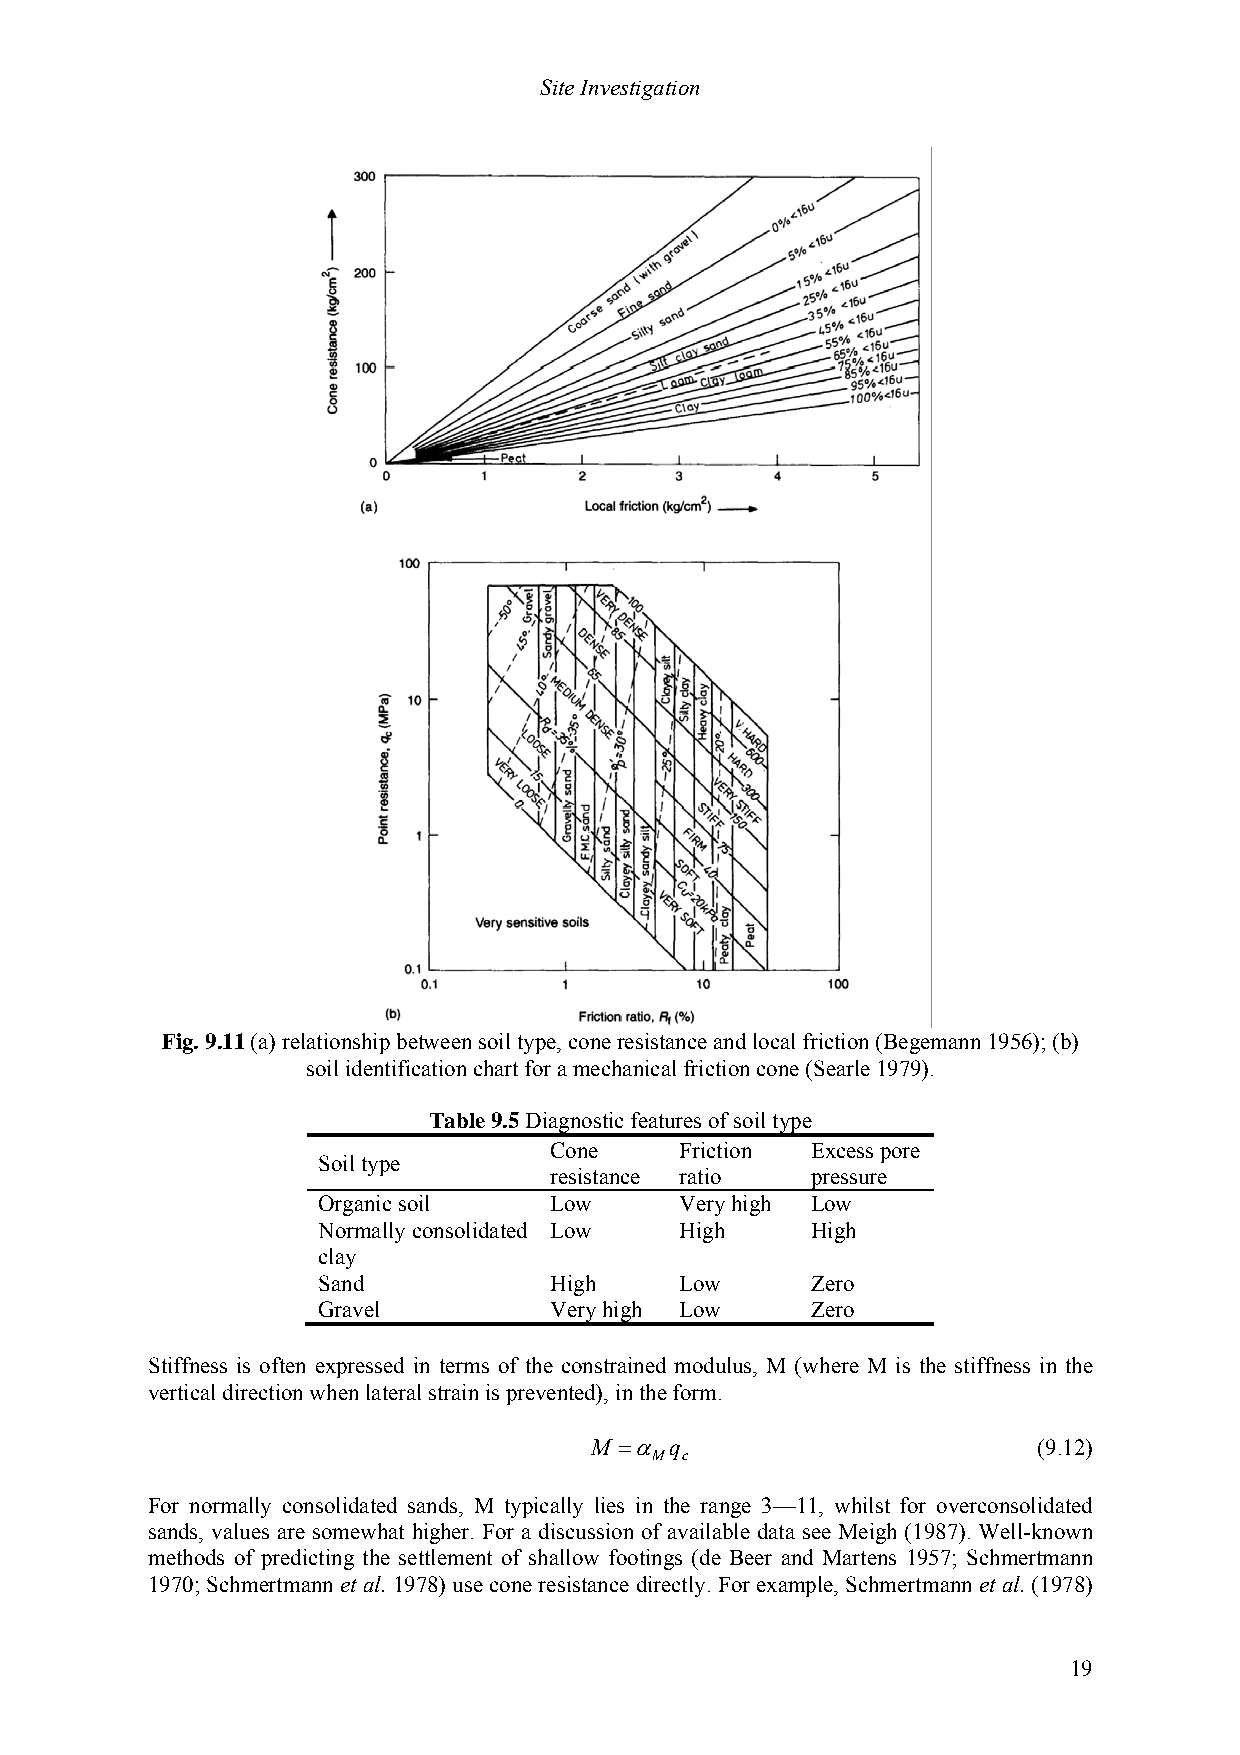
Site Investigation
 Fig. 9.11 (a) relationship between soil type, cone resistance and local friction (Begemann 1956); (b)
 soil identification chart for a mechanical friction cone (Searle 1979).
 Table 9.5 Diagnostic features of soil type
 Cone     Friction Excess pore
 Soil type
 resistance ratio  pressure
 Organic soil   Low      Very high Low
 Normally consolidated Low High   High
 clay
 Sand           High     Low      Zero
 Gravel         Very high Low     Zero
 Stiffness is often expressed in terms of the constrained modulus, M (where M is the stiffness in the
 vertical direction when lateral strain is prevented), in the form.
 M =α q                        (9.12)
 M c
 For normally consolidated sands, M typically lies in the range 3—11, whilst for overconsolidated
 sands, values are somewhat higher. For a discussion of available data see Meigh (1987). Well-known
 methods of predicting the settlement of shallow footings (de Beer and Martens 1957; Schmertmann
 1970; Schmertmann et al. 1978) use cone resistance directly. For example, Schmertmann et al. (1978)
 19